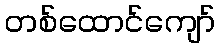
တစ်ထောင်ကျော်